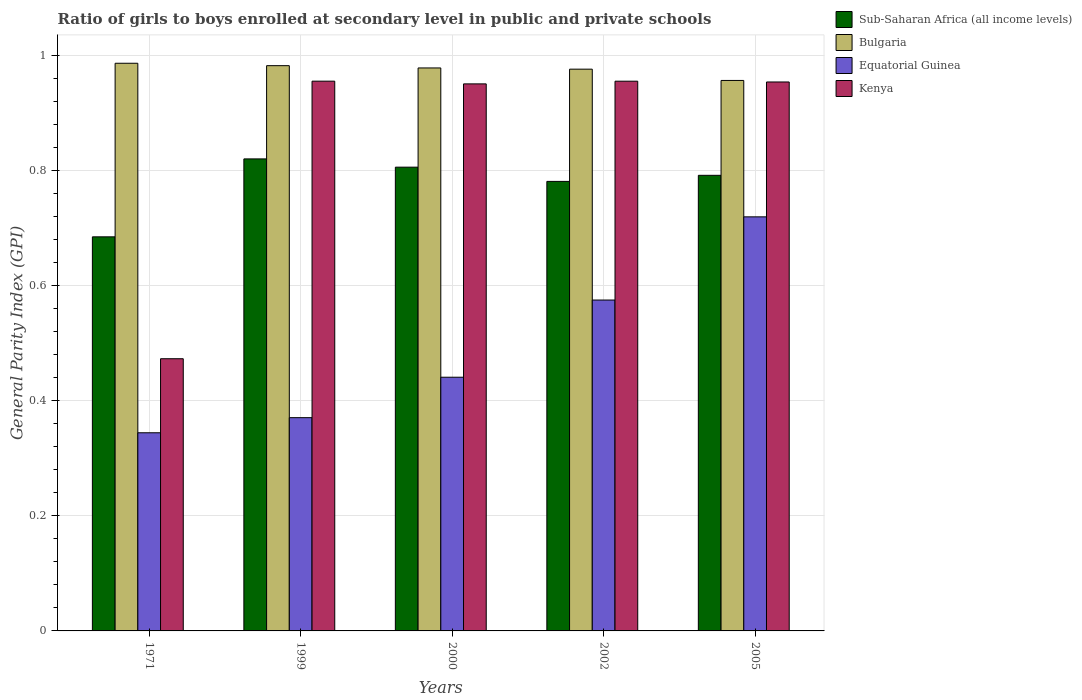
| Years | Sub-Saharan Africa (all income levels) | Bulgaria | Equatorial Guinea | Kenya |
 | --- | --- | --- | --- | --- |
 | 1971 | 0.685 | 0.987 | 0.344 | 0.473 |
 | 1999 | 0.82 | 0.982 | 0.371 | 0.956 |
 | 2000 | 0.806 | 0.979 | 0.441 | 0.951 |
 | 2002 | 0.781 | 0.976 | 0.575 | 0.955 |
 | 2005 | 0.792 | 0.957 | 0.72 | 0.954 |